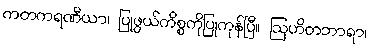
ကတကရဏီယာ၊ ပြုဖွယ်ကိစ္စကိုပြုကုန်ပြီ။ ဩဟိတဘာရာ၊